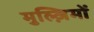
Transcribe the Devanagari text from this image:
मुल्ज़िमों